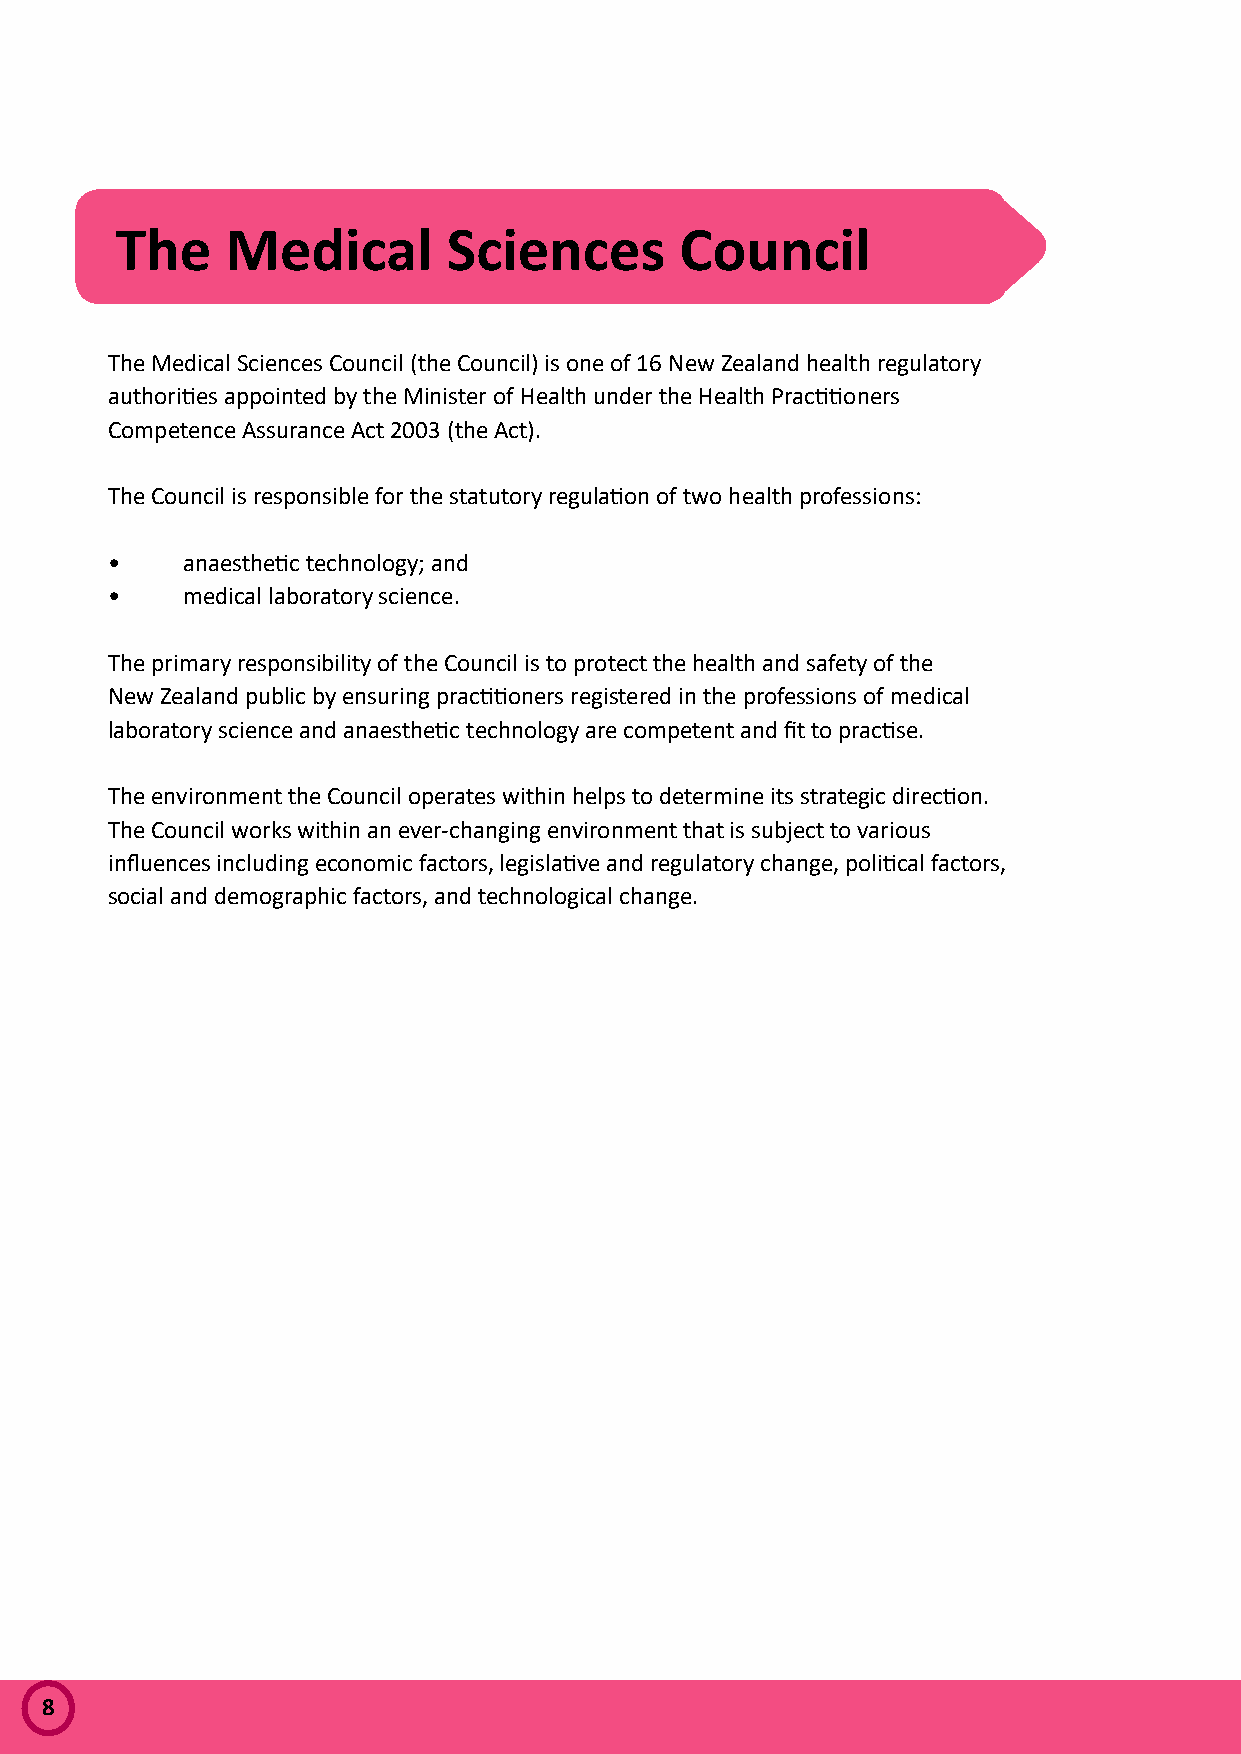
The    Medical        Sciences       Council
 The Medical Sciences Council (the Council) is one of 16 New Zealand health regulatory
 authorities appointed by the Minister of Health under the Health Practitioners
 Competence Assurance Act 2003 (the Act).
 The Council is responsible for the statutory regulation of two health professions:
 •    anaesthetic technology; and
 •    medical laboratory science.
 The primary responsibility of the Council is to protect the health and safety of the
 New Zealand public by ensuring practitioners registered in the professions of medical
 laboratory science and anaesthetic technology are competent and fit to practise.
 The environment the Council operates within helps to determine its strategic direction.
 The Council works within an ever-changing environment that is subject to various
 influences including economic factors, legislative and regulatory change, political factors,
 social and demographic factors, and technological change.
 8